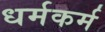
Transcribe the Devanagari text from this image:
धर्मकर्म